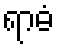
ရာဓံ